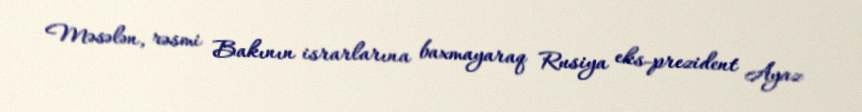
Məsələn, rəsmi Bakının israrlarına baxmayaraq Rusiya eks-prezident Ayaz